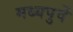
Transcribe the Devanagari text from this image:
मध्यपुर्वे